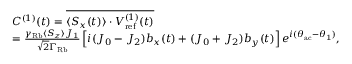
\begin{array} { r l } & { C ^ { ( 1 ) } ( t ) = \overline { { \langle S _ { x } ( t ) \rangle \cdot V _ { \mathrm { r e f } } ^ { ( 1 ) } ( t ) } } } \\ & { = \frac { \gamma _ { \mathrm { R b } } \langle S _ { z } \rangle J _ { 1 } } { \sqrt { 2 } \Gamma _ { \mathrm { R b } } } \left[ i ( J _ { 0 } - J _ { 2 } ) b _ { x } ( t ) + ( J _ { 0 } + J _ { 2 } ) b _ { y } ( t ) \right] e ^ { i ( \theta _ { \mathrm { a c } } - \theta _ { 1 } ) } , } \end{array}